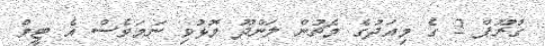
ގުރޫޕް 2 ގެ މިއަދުގެ މެޗުން ލަންދޫ މޮޅުވި ނަމަވެސް އެ ޓީމް